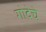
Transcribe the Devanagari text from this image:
गोदेचे